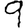
Digit: 9